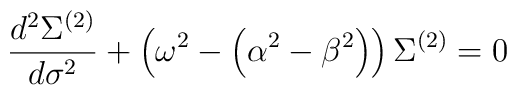
\frac{d^{2}\Sigma^{(2)}}{d\sigma^{2}} + \left ( \omega^{2} -  \left ({\alpha^{2}-\beta^{2}} \right ) \right ) \Sigma^{(2)} = 0